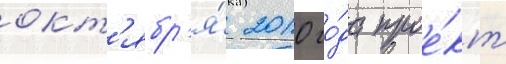
окт'ябр'я́ 2010 го́да прое́кт